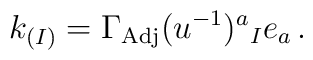
k_{(I)}=\Gamma_{\rm Adj}(u^{-1})^{a}{}_{I} e_{a}\, .